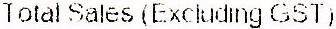
TOTAL SALES (EXCLUDING GST)